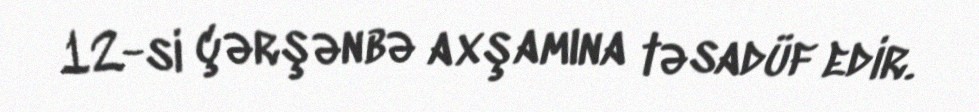
12-si çərşənbə axşamına təsadüf edir.